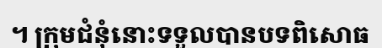
។ ក្រុមជំនុំនោះទទួលបានបទពិសោធ